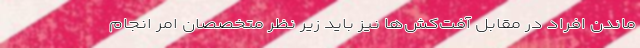
ماندن افراد در مقابل آفت‌کش‌ها نیز باید زیر نظر متخصصان امر انجام